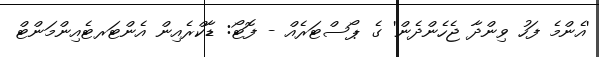
'އެންމެ ފަހު ވިންދާ ޖެހެންދެން' ގެ ޕޯސްޓަރެއް - ފޮޓޯ: ޑާކްރެއިން އެންޓަރޓެއިންމަންޓް